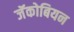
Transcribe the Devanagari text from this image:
जॅकोबियन